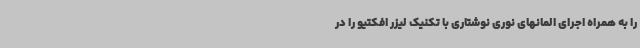
را به همراه اجرای المانهای نوری نوشتاری با تکنیک لیزر افکتیو را در